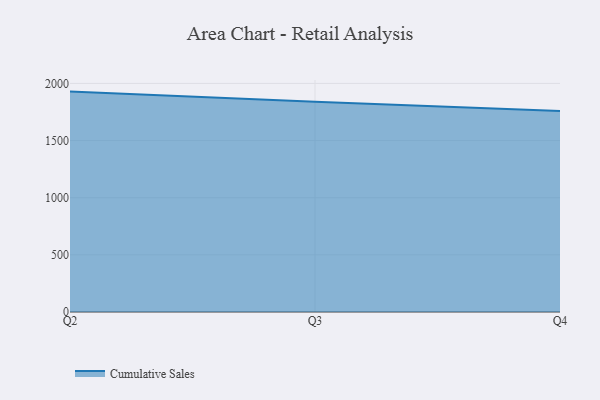
{"axis": {"x": "Quarter", "y": "Satisfaction Score"}, "legend": ["Cumulative Sales"], "data": [{"x": "Q2", "y": 1928.6, "type": "Cumulative Sales"}, {"x": "Q3", "y": 1840.4, "type": "Cumulative Sales"}, {"x": "Q4", "y": 1759.4, "type": "Cumulative Sales"}]}